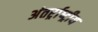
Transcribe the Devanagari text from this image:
अंतर्र्राष्‍ट्रीय